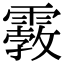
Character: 𩄿